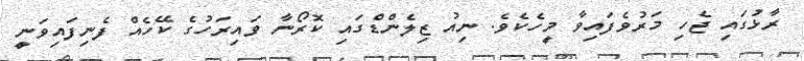
ރާޅުގައި ޖެހި މަރުވެފައިވާ މީހެކެވެ. ނިއު ޒިލެންޑްގައި ކޮރޯނާ ވައިރަހުގެ ކޭހެއް ފެނިފައިވަނީ